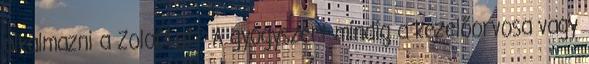
alkalmazni a Zoloft-ot? A gyógyszert mindig a kezelőorvosa vagy